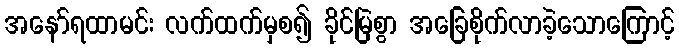
အနော်ရထာမင်း လက်ထက်မှစ၍ ခိုင်မြဲစွာ အခြေစိုက်လာခဲ့သောကြောင့်